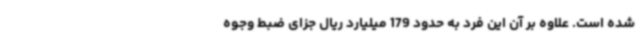
شده است. علاوه بر آن این فرد به حدود 179 میلیارد ریال جزای ضبط وجوه